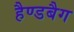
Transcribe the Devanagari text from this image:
हैण्डबैग